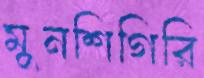
মুনশিগিরি